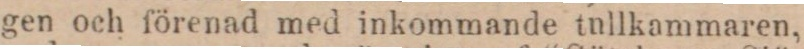
gen och förenad med inkommande tullkammaren,